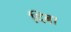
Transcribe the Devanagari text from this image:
दिबा